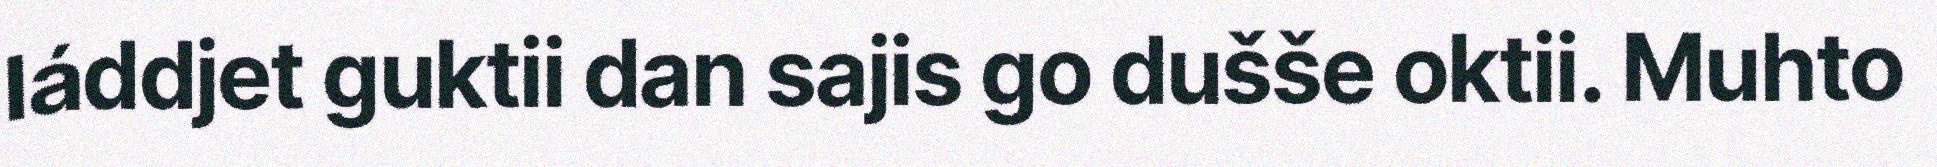
láddjet guktii dan sajis go dušše oktii. Muhto